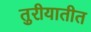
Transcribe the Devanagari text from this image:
तुरीयातीत